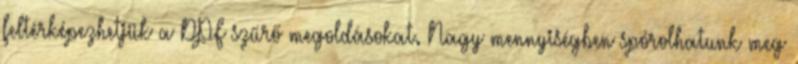
feltérképezhetjük a DPF szűrő megoldásokat. Nagy mennyiségben spórolhatunk meg